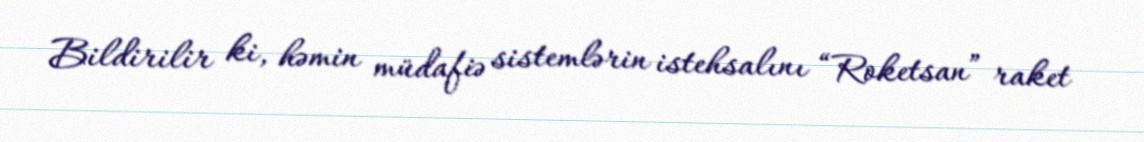
Bildirilir ki, həmin müdafiə sistemlərin istehsalını “Roketsan” raket